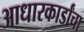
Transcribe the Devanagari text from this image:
आधारकार्डांचा